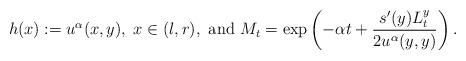
LaTeX: \begin{align*}h(x):=u^{\alpha}(x,y), \; x \in (l,r),\mbox{ and } M_t=\exp\left(-\alpha t+ \frac{s'(y)L^y_t}{2u^{\alpha}(y,y)}\right).\end{align*}